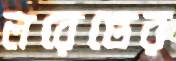
লরেন্তের